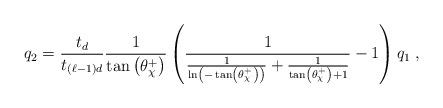
LaTeX: \begin{align*}q_2 = \frac{t_d}{t_{(\ell-1)d}}\frac{1}{\tan \left( \theta^+_{\chi} \right)}\left( \frac{1}{\frac{1}{\ln \left( -\tan \left( \theta^+_{\chi} \right) \right)} +\frac{1}{\tan \left( \theta^+_{\chi} \right) + 1}} - 1 \right) q_1 \;,\end{align*}